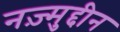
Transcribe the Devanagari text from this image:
नज़्मुद्दीन